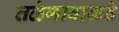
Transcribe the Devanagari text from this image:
तळेगावाकडे